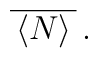
\:\overline{\,\langle N \rangle \,} \,.\: